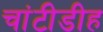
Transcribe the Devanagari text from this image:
चांटीडीह